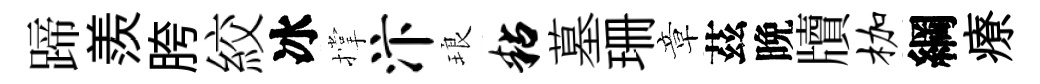
蹄羨胯絞冰撑汴琅粘墓珊章茲晩牘枷綱療